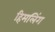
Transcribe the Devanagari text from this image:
हिमलिंग